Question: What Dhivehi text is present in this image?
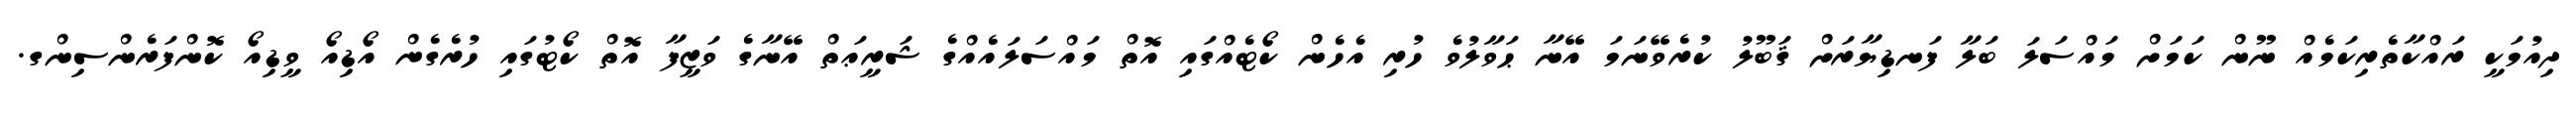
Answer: ދިއުމަކީ ރައްކާތެރިކަމެއް ނޫން ކަމަށް މައްސަލަ ބަލާ ފަނޑިޔާރަށް ޤަބޫލު ކުރެވޭނަމަ އޭނާ ޙަވާލުވެ ހުރި އެހެން ކޯޓެއްގައި އޮތް މައްސަލައެއްގެ ޝަރީޢަތް އޭނާގެ ވަޒީފާ އޮތް ކޯޓުގައި ހުރެގެން އޯޑިއޯ ވީޑިއޯ ކޮންފަރެންސިންގ.